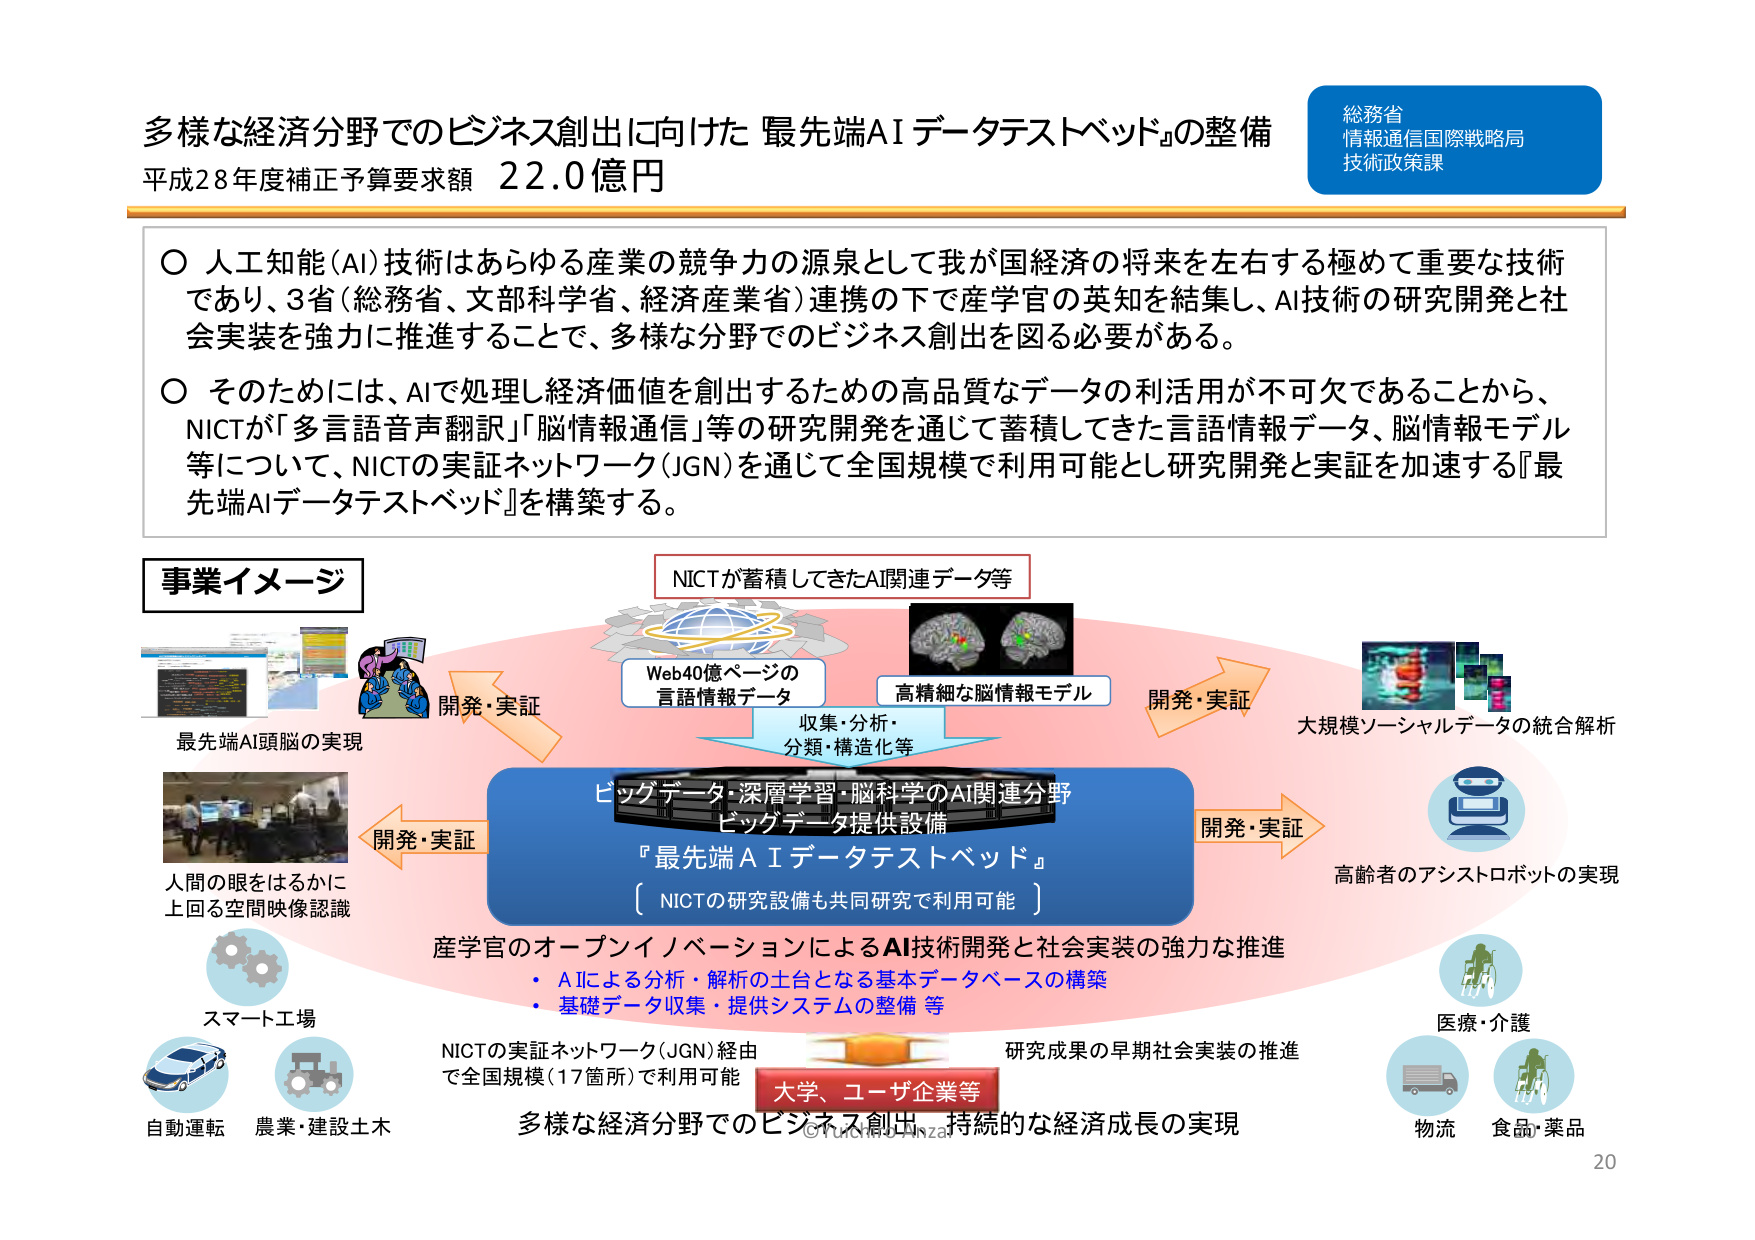
多様な経済分野でのビジネス創出に向けた 最先端AIデータテストベッド』の整備
平成28年度補正予算要求額 22.0億円

総務省
情報通信国際戦略局
技術政策課

○ 人工知能（AI）技術はあらゆる産業の競争力の源泉として我が国経済の将来を左右する極めて重要な技術であり、3省（総務省、文部科学省、経済産業省）連携の下で産学官の英知を結集し、AI技術の研究開発と社会実装を強力に推進することで、多様な分野でのビジネス創出を図る必要がある。

○ そのためには、AIで処理し経済価値を創出するための高品質なデータの利活用が不可欠であることから、NICTが「多言語音声翻訳」「脳情報通信」等の研究開発を通じて蓄積してきた言語情報データ、脳情報モデル等について、NICTの実証ネットワーク（JGN）を通じて全国規模で利用可能とし研究開発と実証を加速する『最先端AIデータテストベッド』を構築する。

事業イメージ

NICTが蓄積してきたAI関連データ等

Web40億ページの
言語情報データ

高精細な脳情報モデル

収集・分析・
分類・構造化等

最先端AI頭脳の実現

開発・実証

人間の眼をはるかに
上回る空間映像認識

開発・実証

スマート工場

自動運転
農業・建設土木

ビッグデータ・深層学習・脳科学のAI関連分野
ビッグデータ提供設備
『最先端AIデータテストベッド』
（NICTの研究設備も共同研究で利用可能）

産学官のオープンイノベーションによるAI技術開発と社会実装の強力な推進
・ AIによる分析・解析の土台となる基本データベースの構築
・ 基礎データ収集・提供システムの整備 等

NICTの実証ネットワーク（JGN）経由
で全国規模（17箇所）で利用可能

大学、ユーザ企業等

研究成果の早期社会実装の推進

多様な経済分野でのビジネス創出、持続的な経済成長の実現

開発・実証

大規模ソーシャルデータの統合解析

高齢者のアシストロボットの実現

医療・介護

物流
食品・薬品

© Yutaka Hinza
20